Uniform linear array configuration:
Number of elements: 48
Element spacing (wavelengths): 0.5
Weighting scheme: blackman
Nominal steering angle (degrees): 0
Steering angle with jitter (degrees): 1.122
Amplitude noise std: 0.05
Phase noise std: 0.05

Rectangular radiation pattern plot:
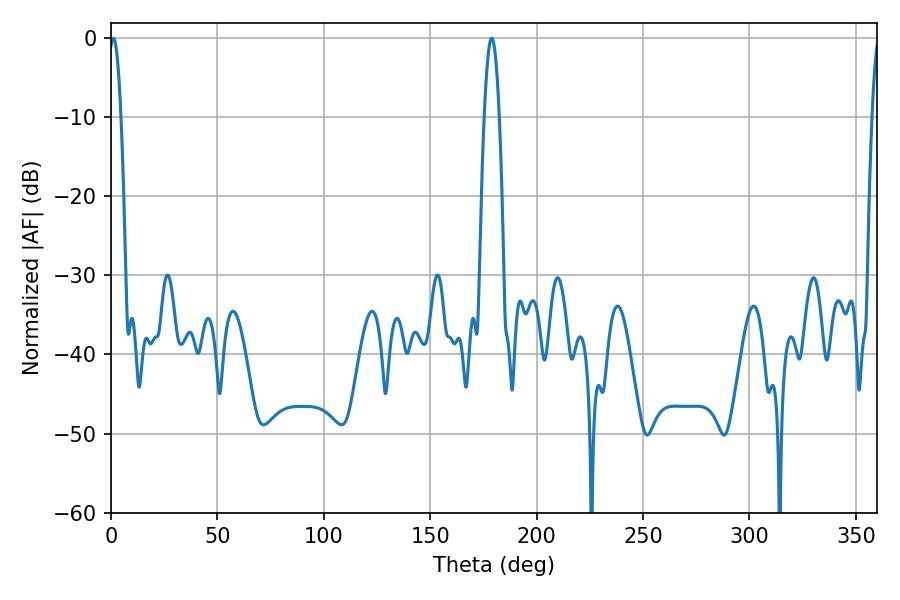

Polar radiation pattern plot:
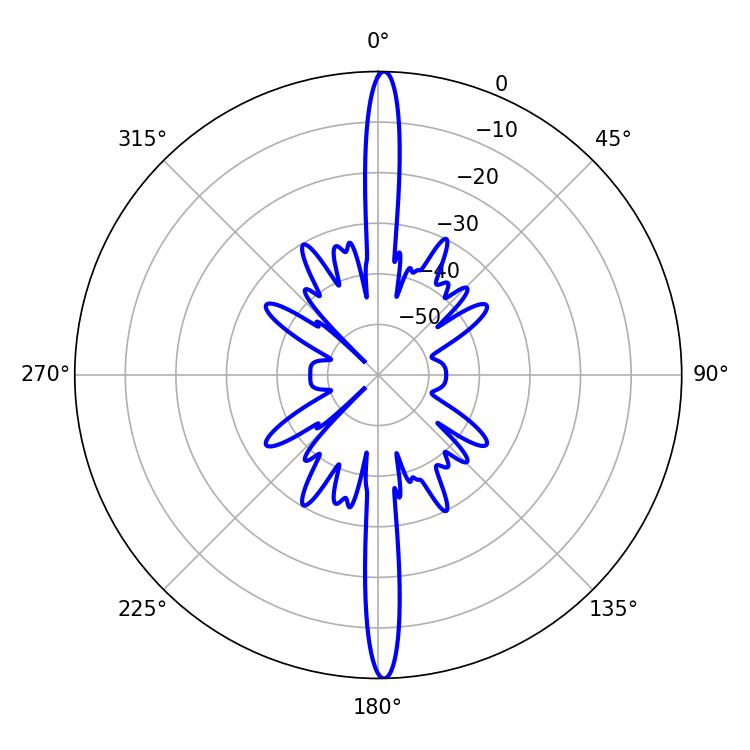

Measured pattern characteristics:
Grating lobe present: FALSE
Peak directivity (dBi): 28.446
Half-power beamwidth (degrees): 3.06
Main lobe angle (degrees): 1.08